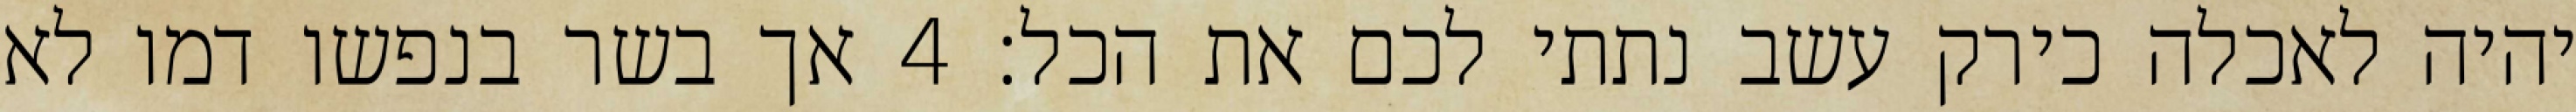
יהיה לאכלה כירק עשב נתתי לכם את הכל׃ ‎4‏ אך בשר בנפשו דמו לא